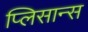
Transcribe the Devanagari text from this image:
प्लिसान्स